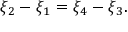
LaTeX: \xi _ { 2 } - \xi _ { 1 } = \xi _ { 4 } - \xi _ { 3 } .